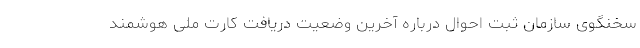
سخنگوی سازمان ثبت احوال درباره آخرین وضعیت دریافت کارت ملی هوشمند